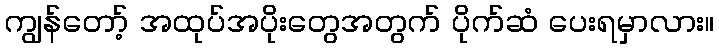
ကျွန်တော့် အထုပ်အပိုးတွေအတွက် ပိုက်ဆံ ပေးရမှာလား။